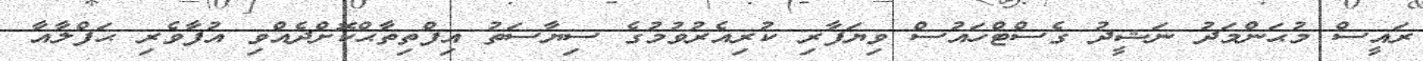
ރައީސް މުޙަންމަދު ނަޝީދު ގެސްޓްހައުސް ވިޔަފާރި ކުރިއެރުވުމުގެ ސިޔާސަތު އިފްތިތާޙްކޮށްދެއްވި އުފާވެރި ޙަފްލާއާ